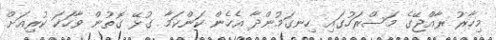
މިހާރު ރާއްޖޭގެ މަސްރަހުގައި ހިނގަމުންދާ އެހެން ކަންކަމާ ގުޅޭ ގޮތުން ވާހަކަ ކުރިއަށް